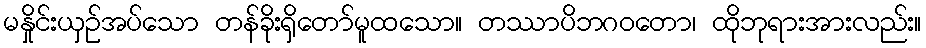
မနှိုင်းယှဉ်အပ်သော တန်ခိုးရှိတော်မူထသော။ တဿာပိဘဂဝတော၊ ထိုဘုရားအားလည်း။